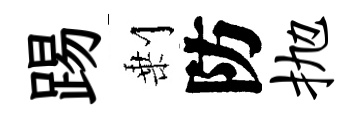
踢剰防抛